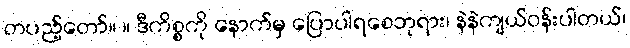
တပည့်တော်။ ။ ဒီကိစ္စကို နောက်မှ ပြောပါရစေဘုရား၊ နဲနဲကျယ်ဝန်းပါတယ်၊